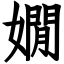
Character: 嫺